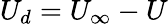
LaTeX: U_{d}=U_{\infty}-U